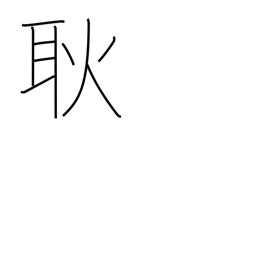
Meaning: light